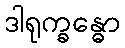
ဒါရုက္ခန္ဓော